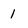
Character: 1